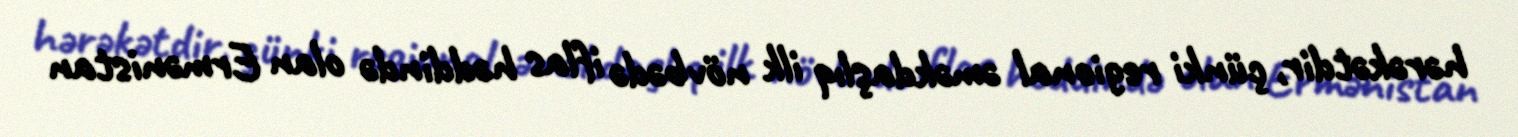
hərəkətdir, çünki regional əməkdaşlıq ilk növbədə iflas həddində olan Ermənistan